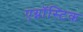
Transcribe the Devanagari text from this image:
एग्नॉस्टिक